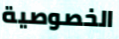
الخصوصية